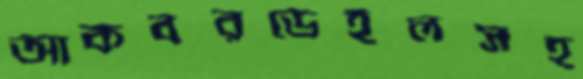
আকবরডেইলসহ